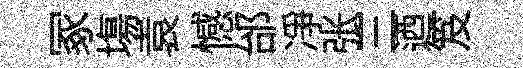
冢塲袁憾邰凈张三迺笈